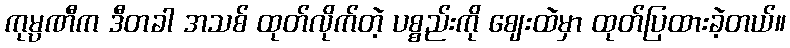
ကုမ္ပဏီက ဒီတခါ အသစ် ထုတ်လိုက်တဲ့ ပစ္စည်းကို ဈေးထဲမှာ ထုတ်ပြထားခဲ့တယ်။